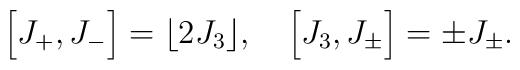
\Bigl[J_+,J_-\Bigr]=\lfloor 2J_3 \rfloor, \quad\Bigl[J_3,J_\pm\Bigr]=\pm J_\pm.